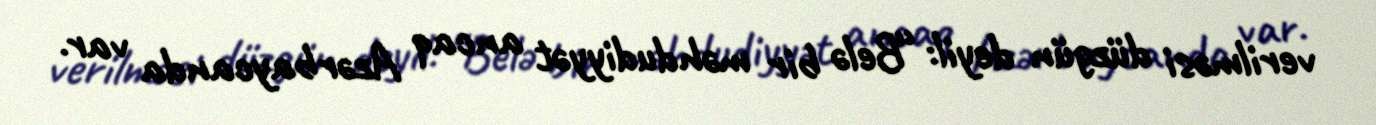
verilməsi düzgün deyil: “Belə bir məhdudiyyət ancaq Azərbaycanda var.